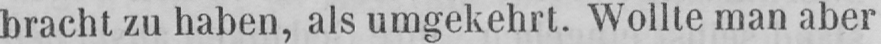
bracht zu haben, als umgekehrt. Wollte man aber